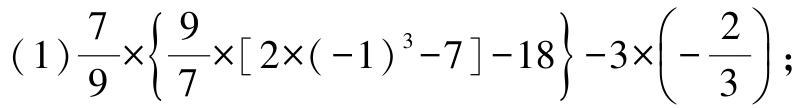
\((1)\frac{7}{9}\times\left\{\frac{9}{7}\times[2\times(-1)^{3}-7]-18\right\}-3\times\left(-\frac{2}{3}\right);\)